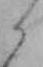
ら